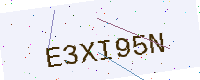
Text: E3XI95N